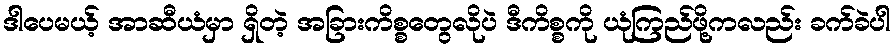
ဒါပေမယ့် အာဆီယံမှာ ရှိတဲ့ အခြားကိစ္စတွေလိုပဲ ဒီကိစ္စကို ယုံကြည်ဖို့ကလည်း ခက်ခဲပါ